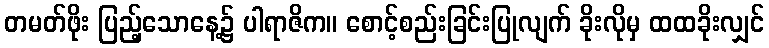
တမတ်ဖိုး ပြည့်သောနေ့၌ ပါရာဇိက။ စောင့်စည်းခြင်းပြုလျက် ခိုးလိုမှ ထထခိုးလျှင်